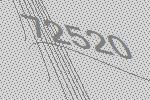
72520